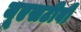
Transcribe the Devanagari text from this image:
यूएसटीवी